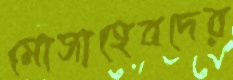
মোসাহেবদের